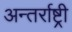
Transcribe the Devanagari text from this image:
अन्तर्राष्ट्री